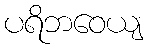
ပရိဘဝေယျ